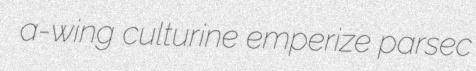
a-wing culturine emperize parsec